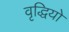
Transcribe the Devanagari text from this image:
वृद्धियो